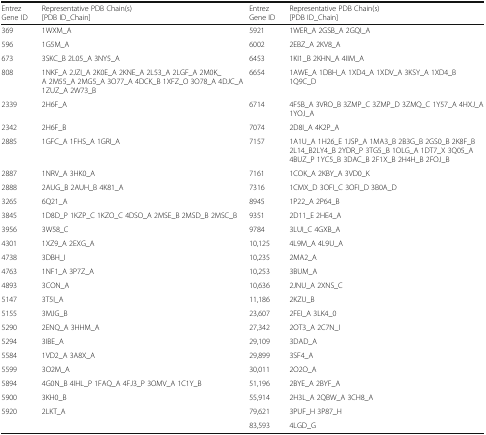
<table><thead><tr><td><b>Entrez Gene ID</b></td><td><b>Representative PDB Chain(s)[PDB ID_Chain]</b></td><td><b>Entrez Gene ID</b></td><td><b>Representative PDB Chain(s)[PDB ID_Chain]</b></td></tr></thead><tbody><tr><td>369</td><td>1WXM_A</td><td>5921</td><td>1WER_A 2GSB_A 2GQI_A</td></tr><tr><td>596</td><td>1G5M_A</td><td>6002</td><td>2EBZ_A 2KV8_A</td></tr><tr><td>673</td><td>3SKC_B 2L05_A 3NY5_A</td><td>6453</td><td>1KI1_B 2KHN_A 4IIM_A</td></tr><tr><td>808</td><td>1NKF_A 2JZI_A 2K0E_A 2KNE_A 2L53_A 2LGF_A 2M0K_A 2M55_A 2MG5_A 3O77_A 4DCK_B 1XFZ_O 3O78_A 4DJC_A 1ZUZ_A 2W73_B</td><td>6654</td><td>1AWE_A 1DBH_A 1XD4_A 1XDV_A 3KSY_A 1XD4_B 1Q9C_D</td></tr><tr><td>2339</td><td>2H6F_A</td><td>6714</td><td>4F5B_A 3VRO_B 3ZMP_C 3ZMP_D 3ZMQ_C 1Y57_A 4HXJ_A 1YOJ_A</td></tr><tr><td>2342</td><td>2H6F_B</td><td>7074</td><td>2D8I_A 4K2P_A</td></tr><tr><td>2885</td><td>1GFC_A 1FHS_A 1GRI_A</td><td>7157</td><td>1A1U_A 1H26_E 1JSP_A 1MA3_B 2B3G_B 2GS0_B 2K8F_B 2L14_B2LY4_B 2YDR_P 3TG5_B 1OLG_A 1DT7_X 3Q05_A 4BUZ_P 1YC5_B 3DAC_B 2F1X_B 2H4H_B 2FOJ_B</td></tr><tr><td>2887</td><td>1NRV_A 3HK0_A</td><td>7161</td><td>1COK_A 2KBY_A 3VD0_K</td></tr><tr><td>2888</td><td>2AUG_B 2AUH_B 4K81_A</td><td>7316</td><td>1CMX_D 3OFI_C 3OFI_D 3B0A_D</td></tr><tr><td>3265</td><td>6Q21_A</td><td>8945</td><td>1P22_A 2P64_B</td></tr><tr><td>3845</td><td>1D8D_P 1KZP_C 1KZO_C 4DSO_A 2MSE_B 2MSD_B 2MSC_B</td><td>9351</td><td>2D11_E 2HE4_A</td></tr><tr><td>3956</td><td>3W58_C</td><td>9784</td><td>3LUI_C 4GXB_A</td></tr><tr><td>4301</td><td>1XZ9_A 2EXG_A</td><td>10,125</td><td>4L9M_A 4L9U_A</td></tr><tr><td>4738</td><td>3DBH_I</td><td>10,235</td><td>2MA2_A</td></tr><tr><td>4763</td><td>1NF1_A 3P7Z_A</td><td>10,253</td><td>3BUM_A</td></tr><tr><td>4893</td><td>3CON_A</td><td>10,636</td><td>2JNU_A 2XNS_C</td></tr><tr><td>5147</td><td>3T5I_A</td><td>11,186</td><td>2KZU_B</td></tr><tr><td>5155</td><td>3MJG_B</td><td>23,607</td><td>2FEI_A 3LK4_0</td></tr><tr><td>5290</td><td>2ENQ_A 3HHM_A</td><td>27,342</td><td>2OT3_A 2C7N_I</td></tr><tr><td>5294</td><td>3IBE_A</td><td>29,109</td><td>3DAD_A</td></tr><tr><td>5584</td><td>1VD2_A 3A8X_A</td><td>29,899</td><td>3SF4_A</td></tr><tr><td>5599</td><td>3O2M_A</td><td>30,011</td><td>2O2O_A</td></tr><tr><td>5894</td><td>4G0N_B 4IHL_P 1FAQ_A 4FJ3_P 3OMV_A 1C1Y_B</td><td>51,196</td><td>2BYE_A 2BYF_A</td></tr><tr><td>5900</td><td>3KH0_B</td><td>55,914</td><td>2H3L_A 2QBW_A 3CH8_A</td></tr><tr><td>5920</td><td>2LKT_A</td><td>79,621</td><td>3PUF_H 3P87_H</td></tr><tr><td></td><td></td><td>83,593</td><td>4LGD_G</td></tr></tbody></table>